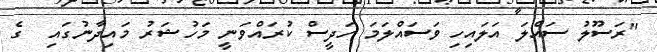
"ރަސޫލު ސައްލަ އަލައިހި ވަސައްލަމަ ހަދީސް ކުރައްވަނީ މަހުޝަރު މައިދާނުގައި  ގެ